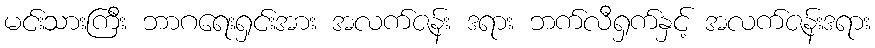
မင်းသားကြီး ဘာဂရေးရှင်းအား အလက်ဇန်း ဒရား ဘက်လီရှက်နှင့် အလက်ဇန်းဒရား